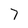
Character: 7